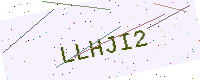
Text: LLHJI2